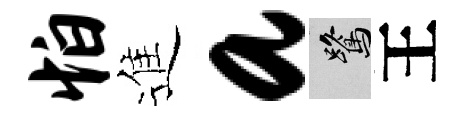
怕進a鷺王